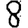
Digit: 8